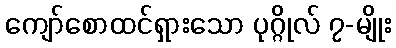
ကျော်စောထင်ရှားသော ပုဂ္ဂိုလ် ၇-မျိုး